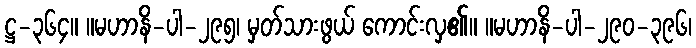
ဋ္ဌ-၃၆၄။ ။မဟာနိ-ပါ-၂၉၅၊ မှတ်သားဖွယ် ကောင်းလှ၏။ ။မဟာနိ-ပါ-၂၉၀-၃၉၆၊